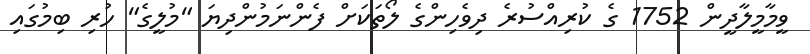
ވީމާމީލާދީން 1752 ގެ ކުރިއްސުރެ ދިވެހިންގެ ލޯތަކަށް ފެންނަމުންދިޔަ "މުލީގެ" ހުރި ބިމުގައި